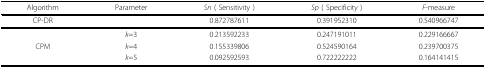
<table><thead><tr><td><b>Algorithm</b></td><td><b>Parameter</b></td><td><b><i>Sn</i> ( Sensitivity )</b></td><td><b><i>Sp</i> ( Specificity )</b></td><td><b><i>F</i>-measure</b></td></tr></thead><tbody><tr><td>CP-DR</td><td></td><td>0.872787611</td><td>0.391952310</td><td>0.540966747</td></tr><tr><td></td><td><i>k</i>=3</td><td>0.213592233</td><td>0.247191011</td><td>0.229166667</td></tr><tr><td>CPM</td><td><i>k</i>=4</td><td>0.155339806</td><td>0.524590164</td><td>0.239700375</td></tr><tr><td></td><td><i>k</i>=5</td><td>0.092592593</td><td>0.722222222</td><td>0.164141415</td></tr></tbody></table>